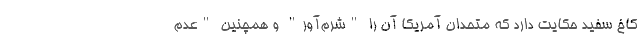
کاخ سفید حکایت دارد که متحدان آمریکا آن را "شرم‌آور" و همچنین "عدم